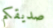
صديقكم